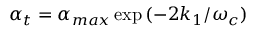
\alpha _ { t } = \alpha _ { m a x } \exp { ( - 2 k _ { 1 } / \omega _ { c } ) }